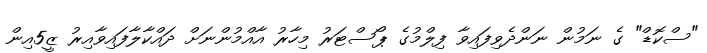
"ސްކޮޑް" ގެ ނަމުން ނަންދެވިފައިވާ ފިލްމުގެ ޕޯސްޓަރު މިހާރު އާއްމުންނަށް ދައްކާލާފައިވާއިރު ޒީ5އިން